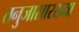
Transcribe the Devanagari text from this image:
तनुजासारख्या